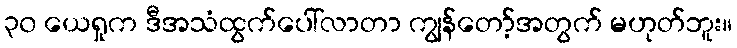
၃၀ ယေရှုက ဒီအသံထွက်ပေါ်လာတာ ကျွန်တော့်အတွက် မဟုတ်ဘူး။